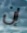
إن